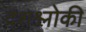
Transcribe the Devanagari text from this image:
दशश्लोकी